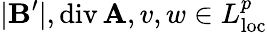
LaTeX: |\mathbf{B}^{\prime}|,\mathrm{div}\, \mathbf{A},v,w\in L_{\mathrm{loc}}^{p}